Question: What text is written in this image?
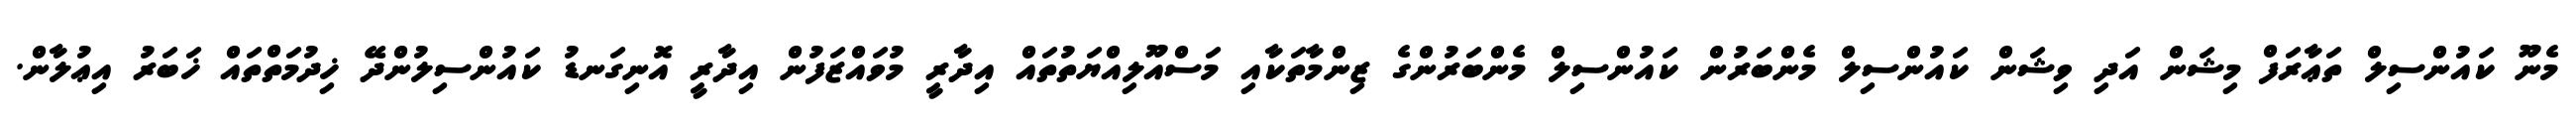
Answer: މެނޫ ކައުންސިލް ތަޢާރަފް މިޝަން އަދި ވިޝަން ކައުންސިލް މެންބަރުން ކައުންސިލް މެންބަރުންގެ ޒިންމާތަކާއި މަސްއޫލިއްޔަތުތައް އިދާރީ މުވައްޒަފުން އިދާރީ އޮނިގަނޑު ކައުންސިލުންދޭ ޚިދުމަތްތައް ޚަބަރު އިޢުލާން.